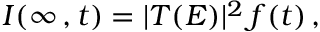
I ( \infty \, , t ) = | T ( E ) | ^ { 2 } \, f ( t ) \, ,